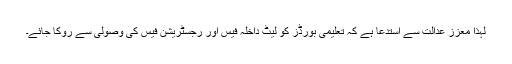
لہٰذا معزز عدالت سے استدعا ہے کہ تعلیمی بورڈز کو لیٹ داخلہ فیس اور رجسٹریشن فیس کی وصولی سے روکا جائے۔